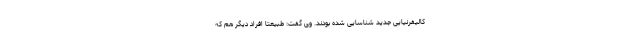
کالیفرنیایی جدید شناسایی شده بودند. وی گفت: طبیعتا افراد دیگر هم که